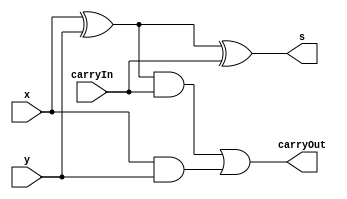
// ------------------------- 
// Exemplo0041  Soma Completa
// Nome: Mateus Augusto Moraes Ferreira  
// ------------------------- 
 
// ------------------------- 
//  somacompleta
// ------------------------- 
module somacompleta (output s, output carryOut, 
                     input  x,  input y,  input carryIn);
										 
	wire  w1;
	wire  w2;
	wire  w3;	
 
// descrever por portas

 xor xor1  (w1,x,y);
 and and1  (w2,x,y);
 xor xor2  (s,w1,carryIn);
 and and2  (w3,w1,carryIn);
 or  or1   (carryOut,w3,w2); 
 
endmodule // fullAdder 

 module somacompleta2;
 	
 reg [5:0] x;
 reg carryIn;
 reg y;							  									  
 wire s0,s1,s2,s3,s4,s5,w1,w2,w3,w4,w5,carryOut;
 wire [5:0] notx;				  
					
 not not1[5:0] (notx,x);							  
 somacompleta soma1 (s0,w1,notx[0],y,carryIn);
 somacompleta soma2 (s1,w2,notx[1],y,w1);
 somacompleta soma3 (s2,w3,notx[2],y,w2);
 somacompleta soma4 (s3,w4,notx[3],y,w3);
 somacompleta soma5 (s4,w5,notx[4],y,w4);
 somacompleta soma6 (s5,carryOut,notx[5],y,w5);
 
// ------------------------- parte principal 
 initial begin 
      $display("Exemplo0045 - Mateus Augusto Moraes Ferreira - 435669"); 
      $display("Test Complemento 2"); 
		
		y=0;
		carryIn=1;
		x=6'b000000;
 
 // projetar testes do somador complete 
 
 $monitor("carryOut=%b x=%b%b%b%b%b%b ",carryOut,s5,s4,s3,s2,s1,s0,);
 #1 x=6'b000001;
 #1 x=6'b000010;
 #1 x=6'b000011;
  
 end 
 
endmodule // test_Comparator